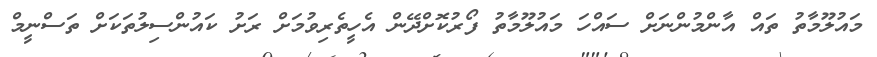
މައުލޫމާތު ތައް އާންމުންނަށް ސައްހަ މައުލޫމާތު ފޯރުކޮށްދޭން އެހީތެރިވުމަށް ރަށު ކައުންސިލުތަކަށް ތަސްނީމް